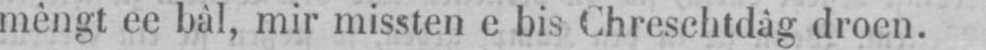
mèngt ee bâl, mir missten e bis Chreschtdâg droen.